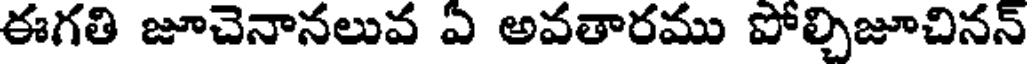
ఈగతి జూచెనానలువ ఏ అవతారము పోల్చిజూచినన్